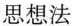
思想法